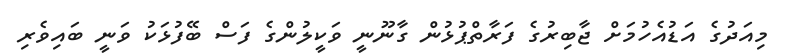
މިއަދުގެ އަޑުއެހުމަށް ޖާބިރުގެ ފަރާތްޕުޅުން ގާނޫނީ ވަކީލުންގެ ފަސް ބޭފުޅަކު ވަނީ ބައިވެރި